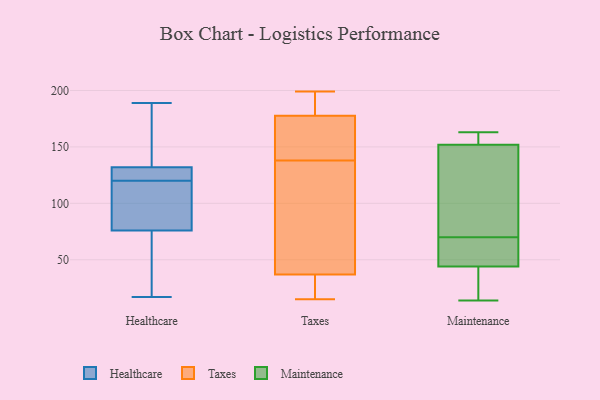
{"axis": {"x": "Population (Million)", "y": "Value"}, "legend": ["Healthcare", "Maintenance", "Taxes"], "data": [{"x": "", "y": 157, "type": "Healthcare"}, {"x": "", "y": 94, "type": "Healthcare"}, {"x": "", "y": 122, "type": "Healthcare"}, {"x": "", "y": 76, "type": "Healthcare"}, {"x": "", "y": 118, "type": "Healthcare"}, {"x": "", "y": 32, "type": "Healthcare"}, {"x": "", "y": 132, "type": "Healthcare"}, {"x": "", "y": 189, "type": "Healthcare"}, {"x": "", "y": 132, "type": "Healthcare"}, {"x": "", "y": 17, "type": "Healthcare"}, {"x": "", "y": 92, "type": "Taxes"}, {"x": "", "y": 199, "type": "Taxes"}, {"x": "", "y": 38, "type": "Taxes"}, {"x": "", "y": 189, "type": "Taxes"}, {"x": "", "y": 36, "type": "Taxes"}, {"x": "", "y": 166, "type": "Taxes"}, {"x": "", "y": 16, "type": "Taxes"}, {"x": "", "y": 196, "type": "Taxes"}, {"x": "", "y": 40, "type": "Taxes"}, {"x": "", "y": 149, "type": "Taxes"}, {"x": "", "y": 150, "type": "Taxes"}, {"x": "", "y": 127, "type": "Taxes"}, {"x": "", "y": 15, "type": "Taxes"}, {"x": "", "y": 157, "type": "Taxes"}, {"x": "", "y": 199, "type": "Taxes"}, {"x": "", "y": 15, "type": "Taxes"}, {"x": "", "y": 160, "type": "Maintenance"}, {"x": "", "y": 127, "type": "Maintenance"}, {"x": "", "y": 42, "type": "Maintenance"}, {"x": "", "y": 163, "type": "Maintenance"}, {"x": "", "y": 14, "type": "Maintenance"}, {"x": "", "y": 52, "type": "Maintenance"}, {"x": "", "y": 44, "type": "Maintenance"}, {"x": "", "y": 70, "type": "Maintenance"}, {"x": "", "y": 152, "type": "Maintenance"}, {"x": "", "y": 70, "type": "Maintenance"}]}